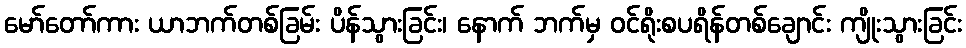
မော်တော်ကား ယာဘက်တစ်ခြမ်း ပိန်သွားခြင်း၊ နောက် ဘက်မှ ဝင်ရိုးစပရိန်တစ်ချောင်း ကျိုးသွားခြင်း